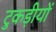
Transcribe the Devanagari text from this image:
टुकड़ीयों